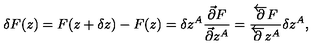
\delta F ( z ) = F ( z + \delta z ) - F ( z ) = \delta z ^ { A } \frac { \vec { \partial } F } { \vec { \partial } z ^ { A } } = \frac { \overleftarrow { \partial } F } { \overleftarrow { \partial } z ^ { A } } \delta z ^ { A } ,